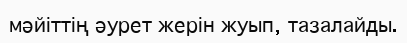
мәйіттің әурет жерін жуып, тазалайды.